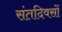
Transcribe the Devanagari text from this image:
संतदिवसों